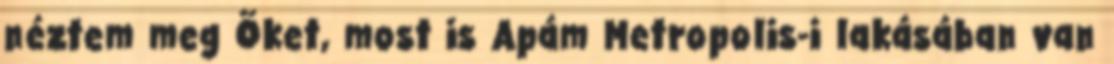
néztem meg Õket, most is Apám Metropolis-i lakásában van